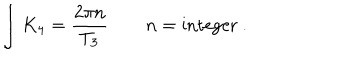
LaTeX: \int K _ { 4 } = { \frac { 2 \pi n } { T _ { 3 } } } \qquad n = \mathrm { i n t e g e r } \ .